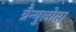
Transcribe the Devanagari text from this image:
ग्रैन्युलोमा